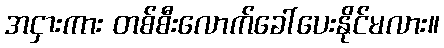
အငှားကား တစ်စီးလောက်ခေါ်ပေးနိုင်မလား။